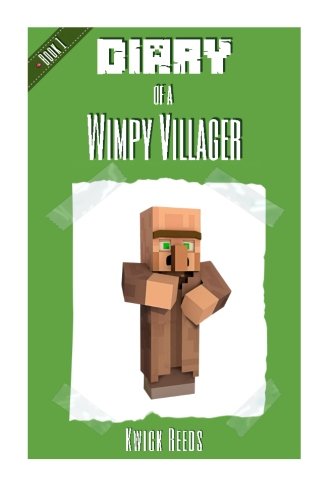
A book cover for Diary of a Wimpy Villager Book 1: (Unofficial Minecraft Diary Books) (Volume 1); Kwick Reeds; Humor & Entertainment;